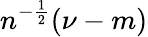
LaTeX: n^{-{\frac{1}{2}}}(\nu-m)